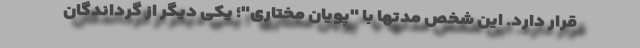
قرار دارد. این شخص مدتها با "پویان مختاری"؛ یکی دیگر از گرداندگان